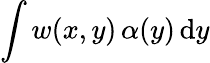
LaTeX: \int w(x,y)\, \alpha(y)\, \mathrm{d}y